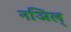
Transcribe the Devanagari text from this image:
नञिल्